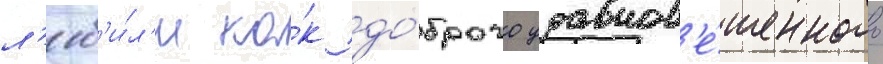
л'юб'и́л'и ка́к до́брого уравнов'е́шенного